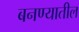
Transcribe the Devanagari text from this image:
बनण्यातील